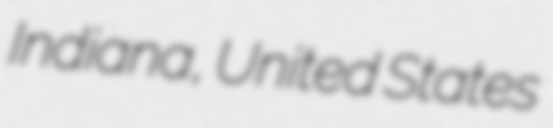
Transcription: Indiana, United States